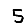
Digit: 5